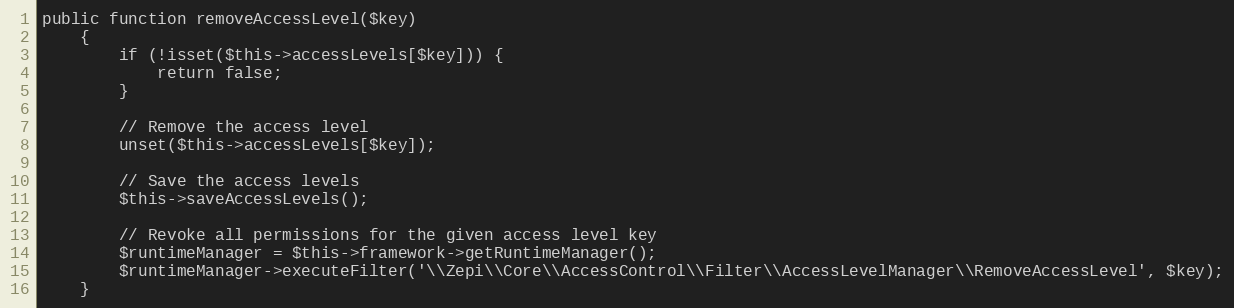
Language: PHP
public function removeAccessLevel($key)
    {
        if (!isset($this->accessLevels[$key])) {
            return false;
        }

        // Remove the access level
        unset($this->accessLevels[$key]);

        // Save the access levels
        $this->saveAccessLevels();

        // Revoke all permissions for the given access level key
        $runtimeManager = $this->framework->getRuntimeManager();
        $runtimeManager->executeFilter('\\Zepi\\Core\\AccessControl\\Filter\\AccessLevelManager\\RemoveAccessLevel', $key);
    }